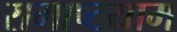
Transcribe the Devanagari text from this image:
रागाष्टयाम